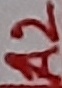
Text: A2